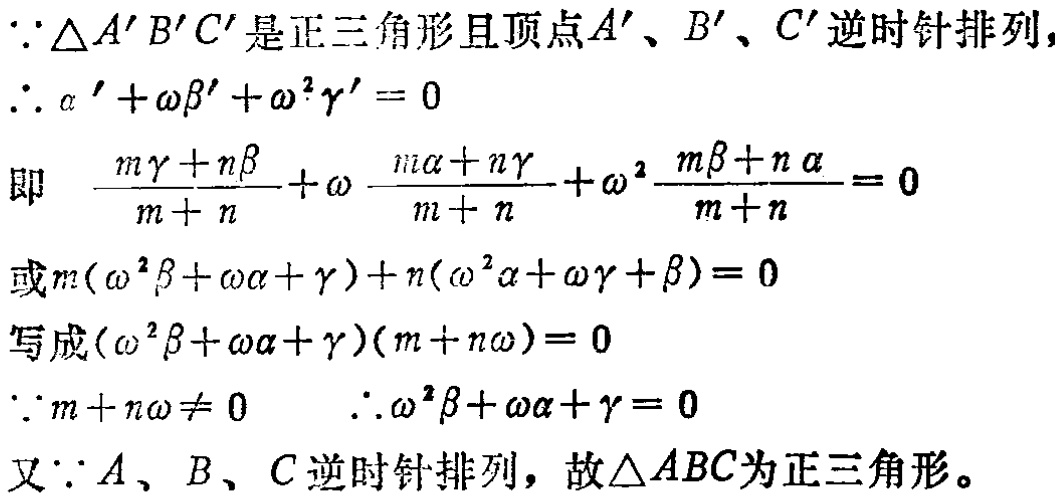
\(\because \triangle A'B'C'\)是正三角形且顶点\(A'\)、\(B'\)、\(C'\)逆时针排列，
\(\therefore \alpha' + \omega\beta' + \omega^{2}\gamma' = 0\)
即 \(\frac{m\gamma + n\beta}{m + n} + \omega\frac{m\alpha + n\gamma}{m + n} + \omega^{2}\frac{m\beta + n\alpha}{m + n} = 0\)
或\(m(\omega^{2}\beta + \omega\alpha + \gamma)+n(\omega^{2}\alpha + \omega\gamma + \beta)= 0\)
写成\((\omega^{2}\beta + \omega\alpha + \gamma)(m + n\omega)= 0\)
\(\because m + n\omega\neq 0\)  \(\therefore \omega^{2}\beta + \omega\alpha + \gamma = 0\)
又\(\because A\)、\(B\)、\(C\)逆时针排列，故\(\triangle ABC\)为正三角形。